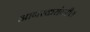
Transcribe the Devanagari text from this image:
आगरकरांवरील